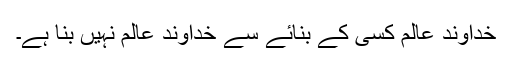
خداوند عالم کسی کے بنائے سے خداوند عالم نہیں بنا ہے۔